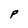
Character: P